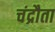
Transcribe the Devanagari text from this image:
चंद्रौता